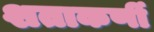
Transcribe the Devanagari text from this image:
शताकर्णी